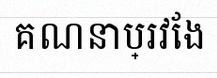
គណនាប្រវែង